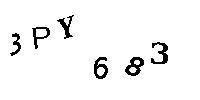
3PY683